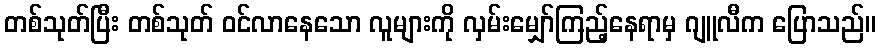
တစ်သုတ်ပြီး တစ်သုတ် ဝင်လာနေသော လူများကို လှမ်းမျှော်ကြည့်နေရာမှ ဂျူလီက ပြောသည်။